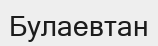
Булаевтан